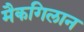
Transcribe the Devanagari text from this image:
मैकगिलान